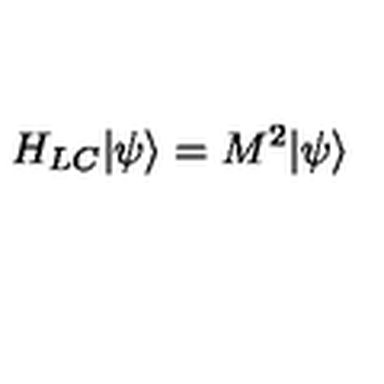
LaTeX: H _ { L C } | \psi \rangle = M ^ { 2 } | \psi \rangle